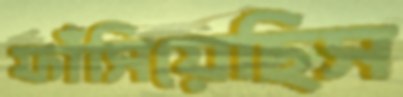
ফাঁসিয়েছিস